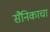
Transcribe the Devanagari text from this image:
सैनिकाचा